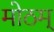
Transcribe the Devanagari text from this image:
मोठम्‌